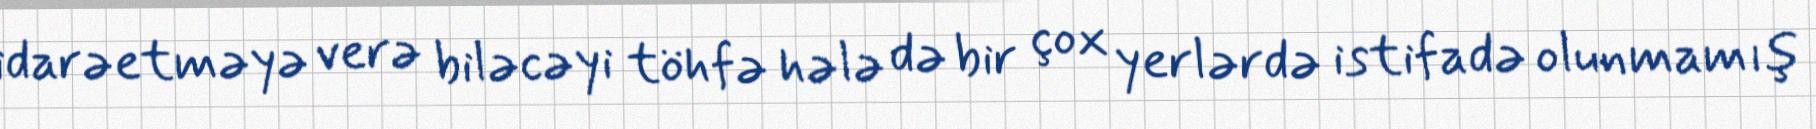
idarəetməyə verə biləcəyi töhfə hələ də bir çox yerlərdə istifadə olunmamış